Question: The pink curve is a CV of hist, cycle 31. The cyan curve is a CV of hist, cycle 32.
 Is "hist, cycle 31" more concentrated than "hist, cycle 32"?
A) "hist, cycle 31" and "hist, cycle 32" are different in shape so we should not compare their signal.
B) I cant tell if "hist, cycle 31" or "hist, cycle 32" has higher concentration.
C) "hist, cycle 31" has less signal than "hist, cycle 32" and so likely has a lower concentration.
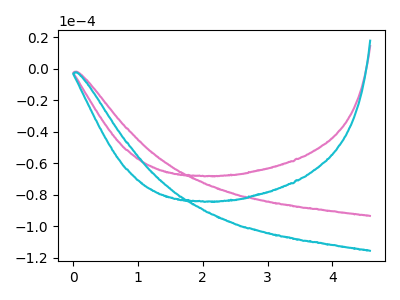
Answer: <think>The pink curve "hist, cycle 31" has no peaks. The cyan curve "hist, cycle 32" has no peaks.
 Neither "hist, cycle 31" or "hist, cycle 32" have any peaks.</think>
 <answer>B) I cant tell if "hist, cycle 31" or "hist, cycle 32" has higher concentration.</answer>
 <eval>B</eval>